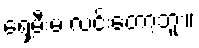
ရှေ့မီးမ လင်းတော့ဘူး။